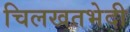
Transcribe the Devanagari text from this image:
चिलखतभेदी